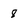
Character: 8